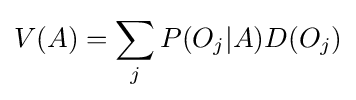
V(A)=\sum \limits _{j}P(O_{j}|A)D(O_{j})